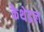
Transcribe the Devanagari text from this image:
कैथेद्रल